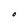
Character: O